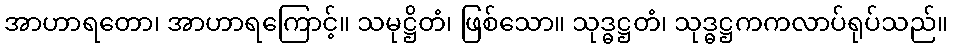
အာဟာရတော၊ အာဟာရကြောင့်။ သမုဋ္ဌိတံ၊ ဖြစ်သော။ သုဒ္ဓဋ္ဌတံ၊ သုဒ္ဓဋ္ဌကကလာပ်ရုပ်သည်။